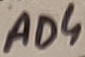
Text: AD4